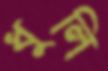
ধুলি